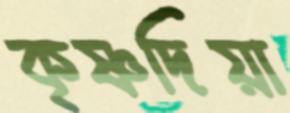
কৃষ্ণদিয়া